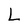
Character: L